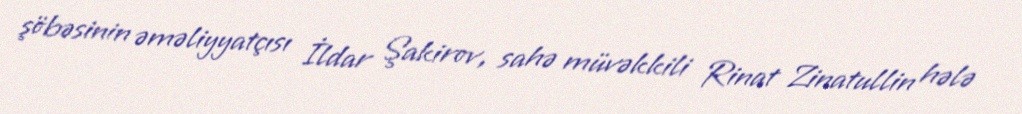
şöbəsinin əməliyyatçısı İldar Şakirov, sahə müvəkkili Rinat Zinatullin hələ